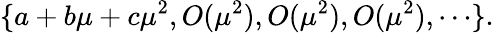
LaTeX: \{ a+b\mu+c\mu^{2},O(\mu^{2}),O(\mu^{2}),O(\mu^{2}),\cdots\} .